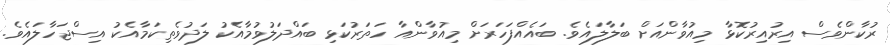
ރުކާންވެސް އިރުއިރުކޮޅާ މިއުވާންއަށް ބަލާލައެވެ. ބައެއްފަހަރަށް މިއުވާންއާ ހަތަރުކަޅި ބައްދަލުވުމާއެކު ލަދުވެތިކަމާއެކު އިސްޖަހާލައެވެ.